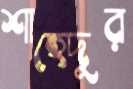
শাহেদুর